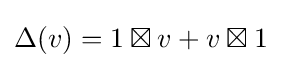
\Delta (v)=1\boxtimes v+v\boxtimes 1